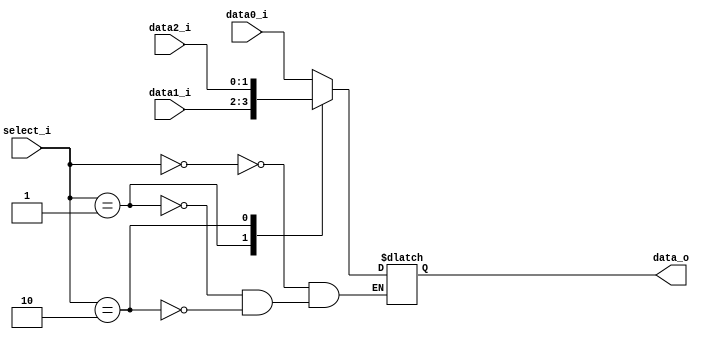
module Mux3to1 (
    data0_i,
    data1_i,
    data2_i,
    select_i,
    data_o
);

  parameter size = 0;

  //I/O ports
  input [size-1:0] data0_i;
  input [size-1:0] data1_i;
  input [size-1:0] data2_i;
  input [2-1:0] select_i;

  output [size-1:0] data_o;

  //Internal Signals
  reg [size-1:0] data_o;

  //Main function
  always@(*)begin
	  case(select_i)
		  2'b00:	data_o<=data0_i;
		  2'b01:	data_o<=data1_i;
		  2'b10:	data_o<=data2_i;
	endcase
end

endmodule